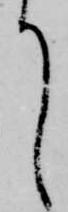
て